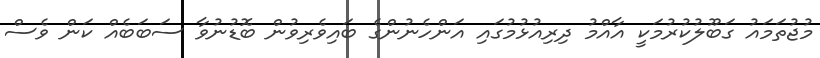
މުޖުތަމައު ގަބޫލުކުރުމަކީ އާއްމު ދިރިއުޅުމުގައި އަންހެނުންގެ ބައިވެރިވުން ބޮޑުނުވާ ސަބަބެއް ކަން ވެސް